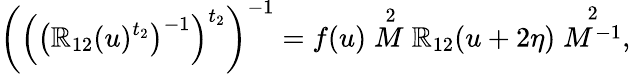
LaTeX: \left(\left(\left(\mathbb{R}_{12}(u)^{t_{2}}\right)^{-1}\right)^{t_{2}}\right)^{-1}=f(u)\stackrel{2}{M}\mathbb{R}_{12}(u+2\eta)\stackrel{2}{M^{-1}},